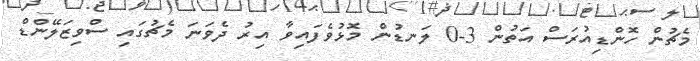
މެޗުން ހޮންޑިއުރަސް އަތުން 3-0 ލަނޑުން މޮޅުވެފައިވާ އިރު ދެވަނަ މެޗުގައި ސްވިޒަލޭންޑް